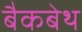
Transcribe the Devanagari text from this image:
बैकबेथ